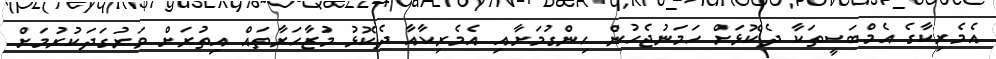
އެމެރިކާގެ އެމްބަސީތަކާ ދެކޮޅަށް ހަމަނުޖެހުން ހިންގުމަށާއި އެމެރިކާއާ ދެކޮޅު މުޒާހަރާތައް އިތުރަށް ވަރުގަދަކުރުމަށް